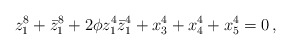
\begin{align*}z_1^8+\bar z_1^8 +2\phi z_1^4\bar z_1^4+x_3^4+x_4^4+x_5^4 =0 \, ,\end{align*}